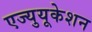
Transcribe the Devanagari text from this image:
एज्युयूकेशन